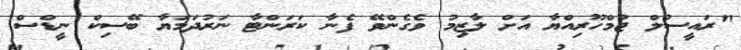
"ރައީސުލް ޖުމްހޫރިއްޔާ އަށް ލާޒިމު ވެގެންވޭ ފެނާ ކަރަންޓާ ނަރުދަމަޔާ ބޭސިކް ނީޑްސް